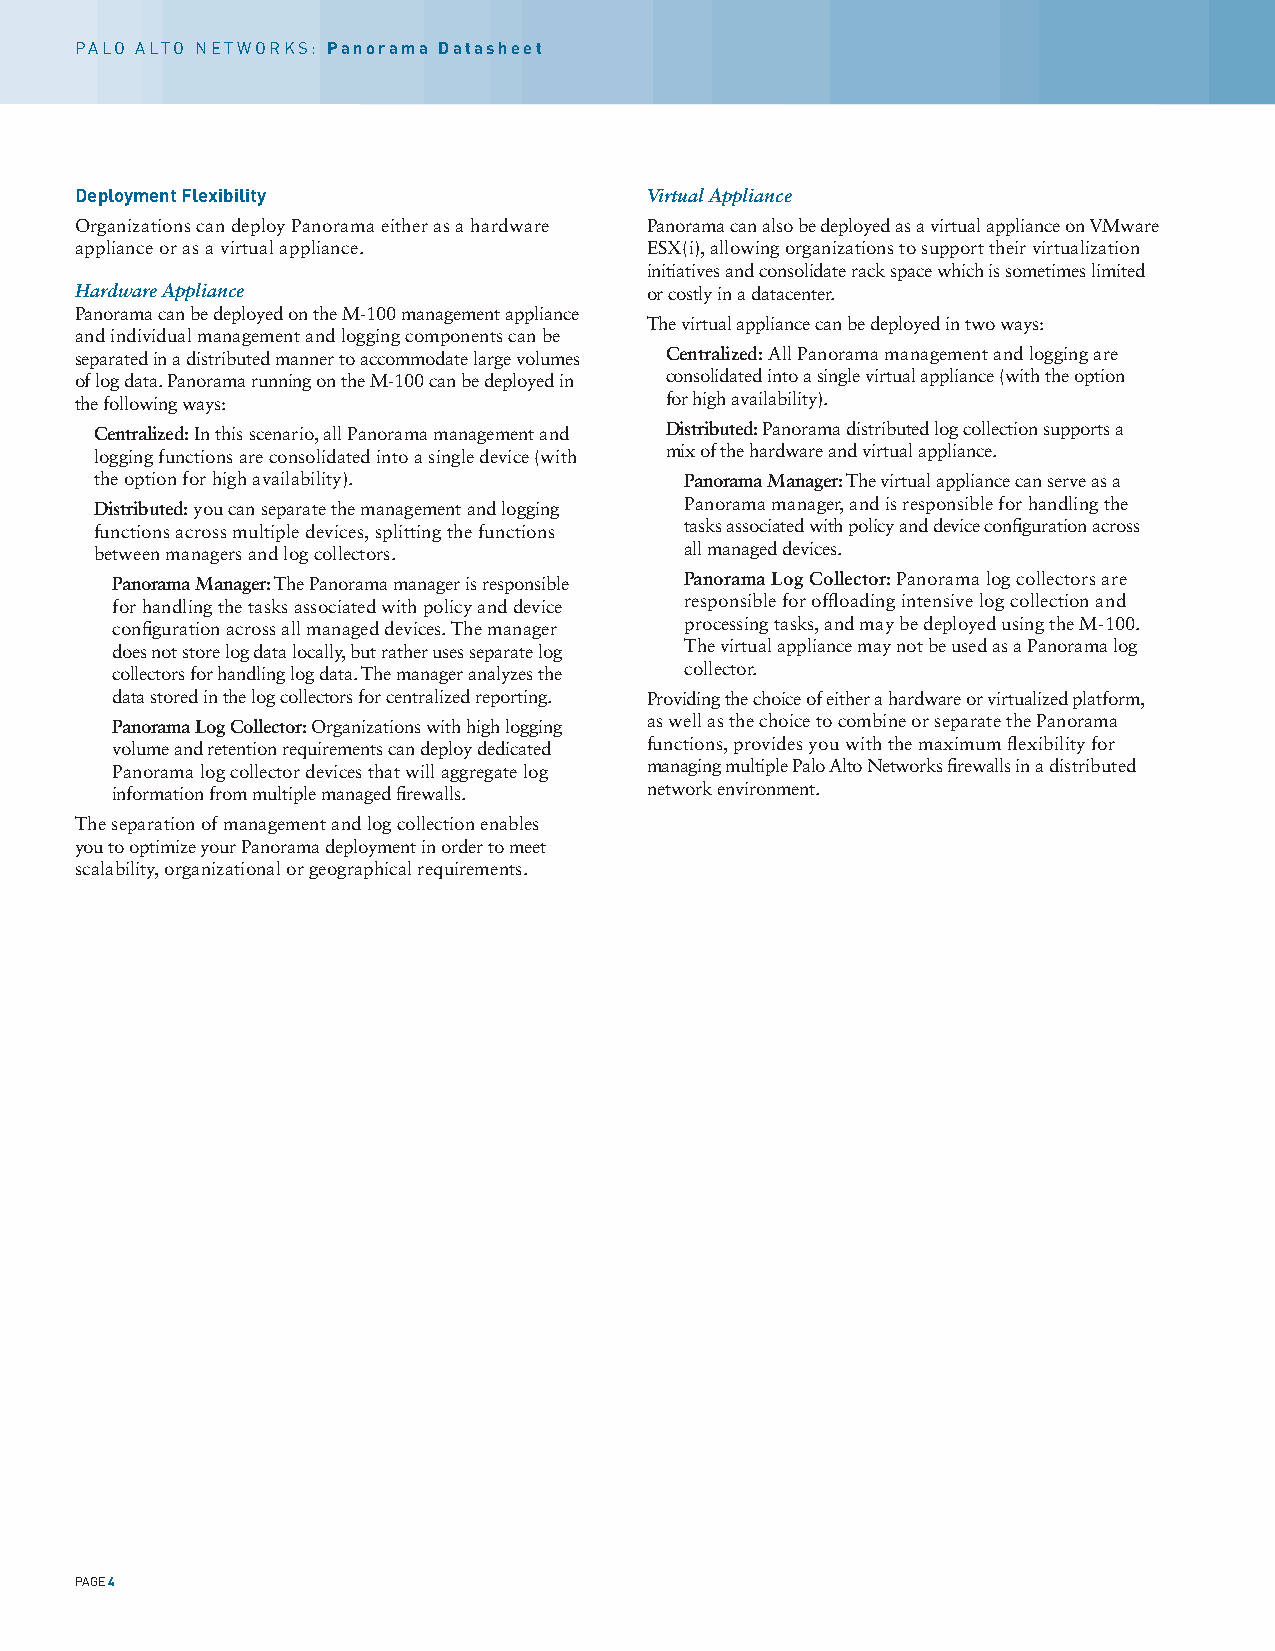
PALO ALTO NETWORKS: Panorama Datasheet
 Deployment Flexibility                Virtual Appliance
 Organizations can deploy Panorama either as a hardware Panorama can also be deployed as a virtual appliance on VMware
 appliance or as a virtual appliance.  ESX(i), allowing organizations to support their virtualization
 initiatives and consolidate rack space which is sometimes limited
 Hardware Appliance                    or costly in a datacenter.
 Panorama can be deployed on the M-100 management appliance
 The virtual appliance can be deployed in two ways:
 and individual management and logging components can be
 separated in a distributed manner to accommodate large volumes Centralized: All Panorama management and logging are
 of log data. Panorama running on the M-100 can be deployed in consolidated into a single virtual appliance (with the option
 the following ways:                    for high availability).
 Centralized: In this scenario, all Panorama management and Distributed: Panorama distributed log collection supports a
 logging functions are consolidated into a single device (with mix of the hardware and virtual appliance.
 the option for high availability).     Panorama Manager: The virtual appliance can serve as a
 Distributed: you can separate the management and logging Panorama manager, and is responsible for handling the
 functions across multiple devices, splitting the functions tasks associated with policy and device configuration across
 between managers and log collectors.   all managed devices.
 Panorama Manager: The Panorama manager is responsible Panorama Log Collector: Panorama log collectors are
 for handling the tasks associated with policy and device responsible for offloading intensive log collection and
 configuration across all managed devices. The manager processing tasks, and may be deployed using the M-100.
 does not store log data locally, but rather uses separate log The virtual appliance may not be used as a Panorama log
 collectors for handling log data. The manager analyzes the collector.
 data stored in the log collectors for centralized reporting. Providing the choice of either a hardware or virtualized platform,
 Panorama Log Collector: Organizations with high logging as well as the choice to combine or separate the Panorama
 volume and retention requirements can deploy dedicated functions, provides you with the maximum flexibility for
 Panorama log collector devices that will aggregate log managing multiple Palo Alto Networks firewalls in a distributed
 information from multiple managed firewalls. network environment.
 The separation of management and log collection enables
 you to optimize your Panorama deployment in order to meet
 scalability, organizational or geographical requirements.
 PAGE 4